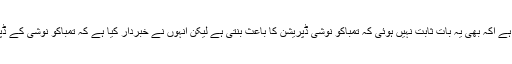
اس تحقیق میں تقریباً ڈیڑھ لاکھ افراد شامل تھے، ماہرین کا کہنا ہے اکہ بھی یہ بات ثابت نہیں ہوئی کہ تمباکو نوشی ڈپریشن کا باعث بنتی ہے لیکن انہوں نے خبردار کیا ہے کہ تمباکو نوشی کے ڈپریشن کے ساتھ تعلق کے حوالے سے انہیں کافی ثبوت ملے ہیں۔